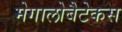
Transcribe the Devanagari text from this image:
मेगालोबैटेकस